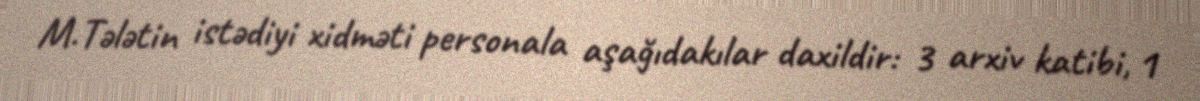
M.Tələtin istədiyi xidməti personala aşağıdakılar daxildir: 3 arxiv katibi, 1